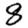
Digit: 8